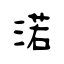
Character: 渃